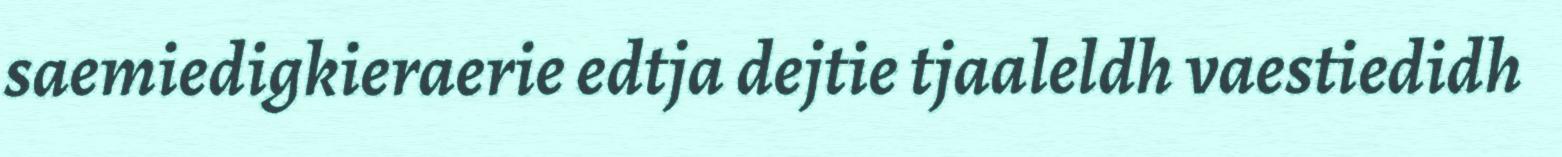
saemiedigkieraerie edtja dejtie tjaaleldh vaestiedidh